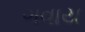
ગવાય